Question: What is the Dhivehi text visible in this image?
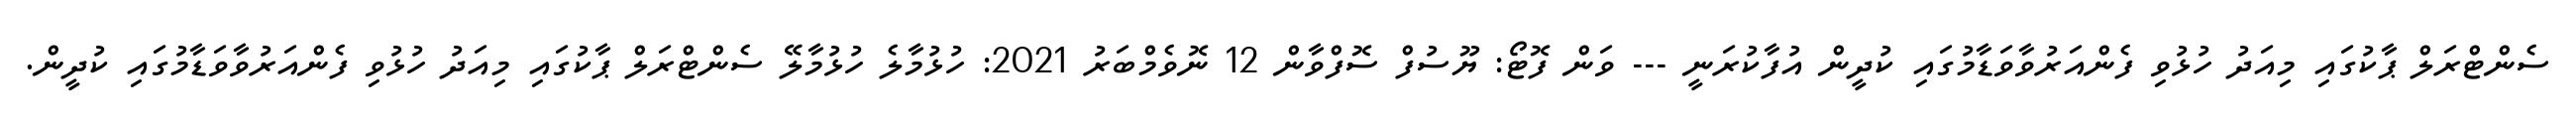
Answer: ސެންޓްރަލް ޕާކުގައި މިއަދު ހުޅުވި ފެންއަރުވާވަޑާމުގައި ކުދީން އުފާކުރަނީ --- ވަން ފޮޓޯ: ޔޫސުފް ސޮފްވާން 12 ނޮވެމްބަރު 2021: ހުޅުމާލެ ހުޅުމާލޭ ސެންޓްރަލް ޕާކުގައި މިއަދު ހުޅުވި ފެންއަރުވާވަޑާމުގައި ކުދީން.